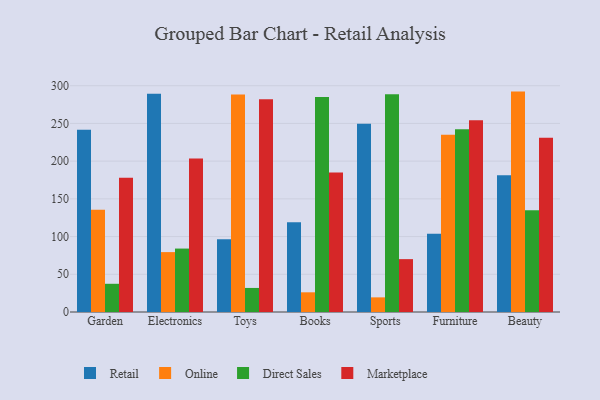
{"axis": {"x": "Category", "y": "Bounce Rate (%)"}, "legend": ["Direct Sales", "Marketplace", "Online", "Retail"], "data": [{"x": "Garden", "y": 241.5, "type": "Retail"}, {"x": "Garden", "y": 135.7, "type": "Online"}, {"x": "Garden", "y": 37.4, "type": "Direct Sales"}, {"x": "Garden", "y": 178.0, "type": "Marketplace"}, {"x": "Electronics", "y": 289.5, "type": "Retail"}, {"x": "Electronics", "y": 79.4, "type": "Online"}, {"x": "Electronics", "y": 84.1, "type": "Direct Sales"}, {"x": "Electronics", "y": 203.6, "type": "Marketplace"}, {"x": "Toys", "y": 96.6, "type": "Retail"}, {"x": "Toys", "y": 288.2, "type": "Online"}, {"x": "Toys", "y": 31.9, "type": "Direct Sales"}, {"x": "Toys", "y": 282.0, "type": "Marketplace"}, {"x": "Books", "y": 119.0, "type": "Retail"}, {"x": "Books", "y": 26.1, "type": "Online"}, {"x": "Books", "y": 284.9, "type": "Direct Sales"}, {"x": "Books", "y": 184.9, "type": "Marketplace"}, {"x": "Sports", "y": 249.7, "type": "Retail"}, {"x": "Sports", "y": 19.4, "type": "Online"}, {"x": "Sports", "y": 288.7, "type": "Direct Sales"}, {"x": "Sports", "y": 70.1, "type": "Marketplace"}, {"x": "Furniture", "y": 103.7, "type": "Retail"}, {"x": "Furniture", "y": 235.1, "type": "Online"}, {"x": "Furniture", "y": 242.3, "type": "Direct Sales"}, {"x": "Furniture", "y": 254.1, "type": "Marketplace"}, {"x": "Beauty", "y": 181.4, "type": "Retail"}, {"x": "Beauty", "y": 292.2, "type": "Online"}, {"x": "Beauty", "y": 135.0, "type": "Direct Sales"}, {"x": "Beauty", "y": 231.0, "type": "Marketplace"}]}